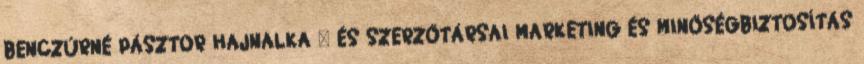
BENCZÚRNÉ PÁSZTOR HAJNALKA – ÉS SZERZŐTÁRSAI MARKETING ÉS MINŐSÉGBIZTOSÍTÁS